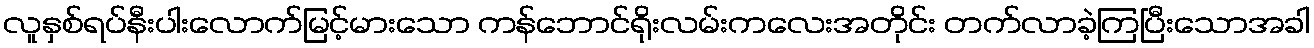
လူနှစ်ရပ်နီးပါးလောက်မြင့်မားသော ကန်ဘောင်ရိုးလမ်းကလေးအတိုင်း တက်လာခဲ့ကြပြီးသောအခါ